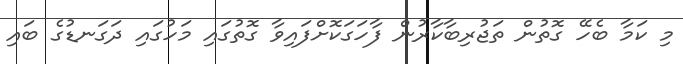
މި ކަމާ ބެހޭ ގޮތުން ތަޖުރިބާކާރުން ފާހަގަކޮށްފައިވާ ގޮތުގައި މަހުގައި ދަގަނޑުގެ ބައި